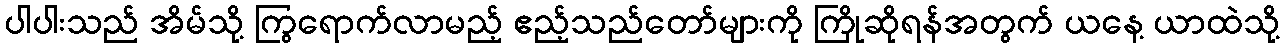
ပါပါးသည် အိမ်သို့ ကြွရောက်လာမည့် ဧည့်သည်တော်များကို ကြိုဆိုရန်အတွက် ယနေ့ ယာထဲသို့